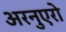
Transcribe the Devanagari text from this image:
अरनुएरो